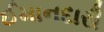
ઈમાનદારી